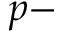
p -